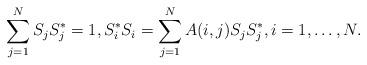
LaTeX: \begin{align*} \sum_{j=1}^N S_j S_j^* = 1, S_i^* S_i = \sum_{j=1}^N A(i,j) S_jS_j^*, i=1,\dots,N. \end{align*}